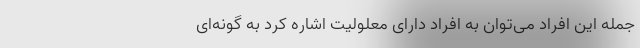
جمله این افراد می‌توان به افراد دارای معلولیت اشاره کرد به گونه‌ای